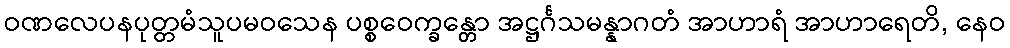
ဝဏလေပနပုတ္တမံသူပမဝသေန ပစ္စဝေက္ခန္တော အဋ္ဌင်္ဂသမန္နာဂတံ အာဟာရံ အာဟာရေတိ, နေဝ